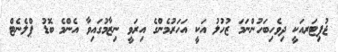
ޖުޕިޓަރއަކީ ދިވެހިބަހުންނަމަ ޒުހުލު އަކީ އަހަރުމެންގެ އިރަވީ ނިޒާމުގައިވާ އެންމެ ބޮޑު ޕްލެނެޓް